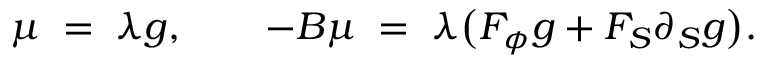
\mu \; = \; \lambda g , \qquad - B \mu \; = \; \lambda \bigl ( F _ { \phi } g + F _ { S } \partial _ { S } g \bigr ) .